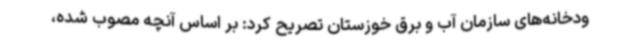
ودخانه‌های سازمان آب و برق خوزستان تصریح کرد: بر اساس آنچه مصوب شده،